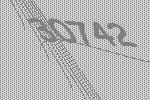
30742